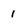
Character: 1